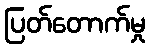
ပြတ်တောက်မှု